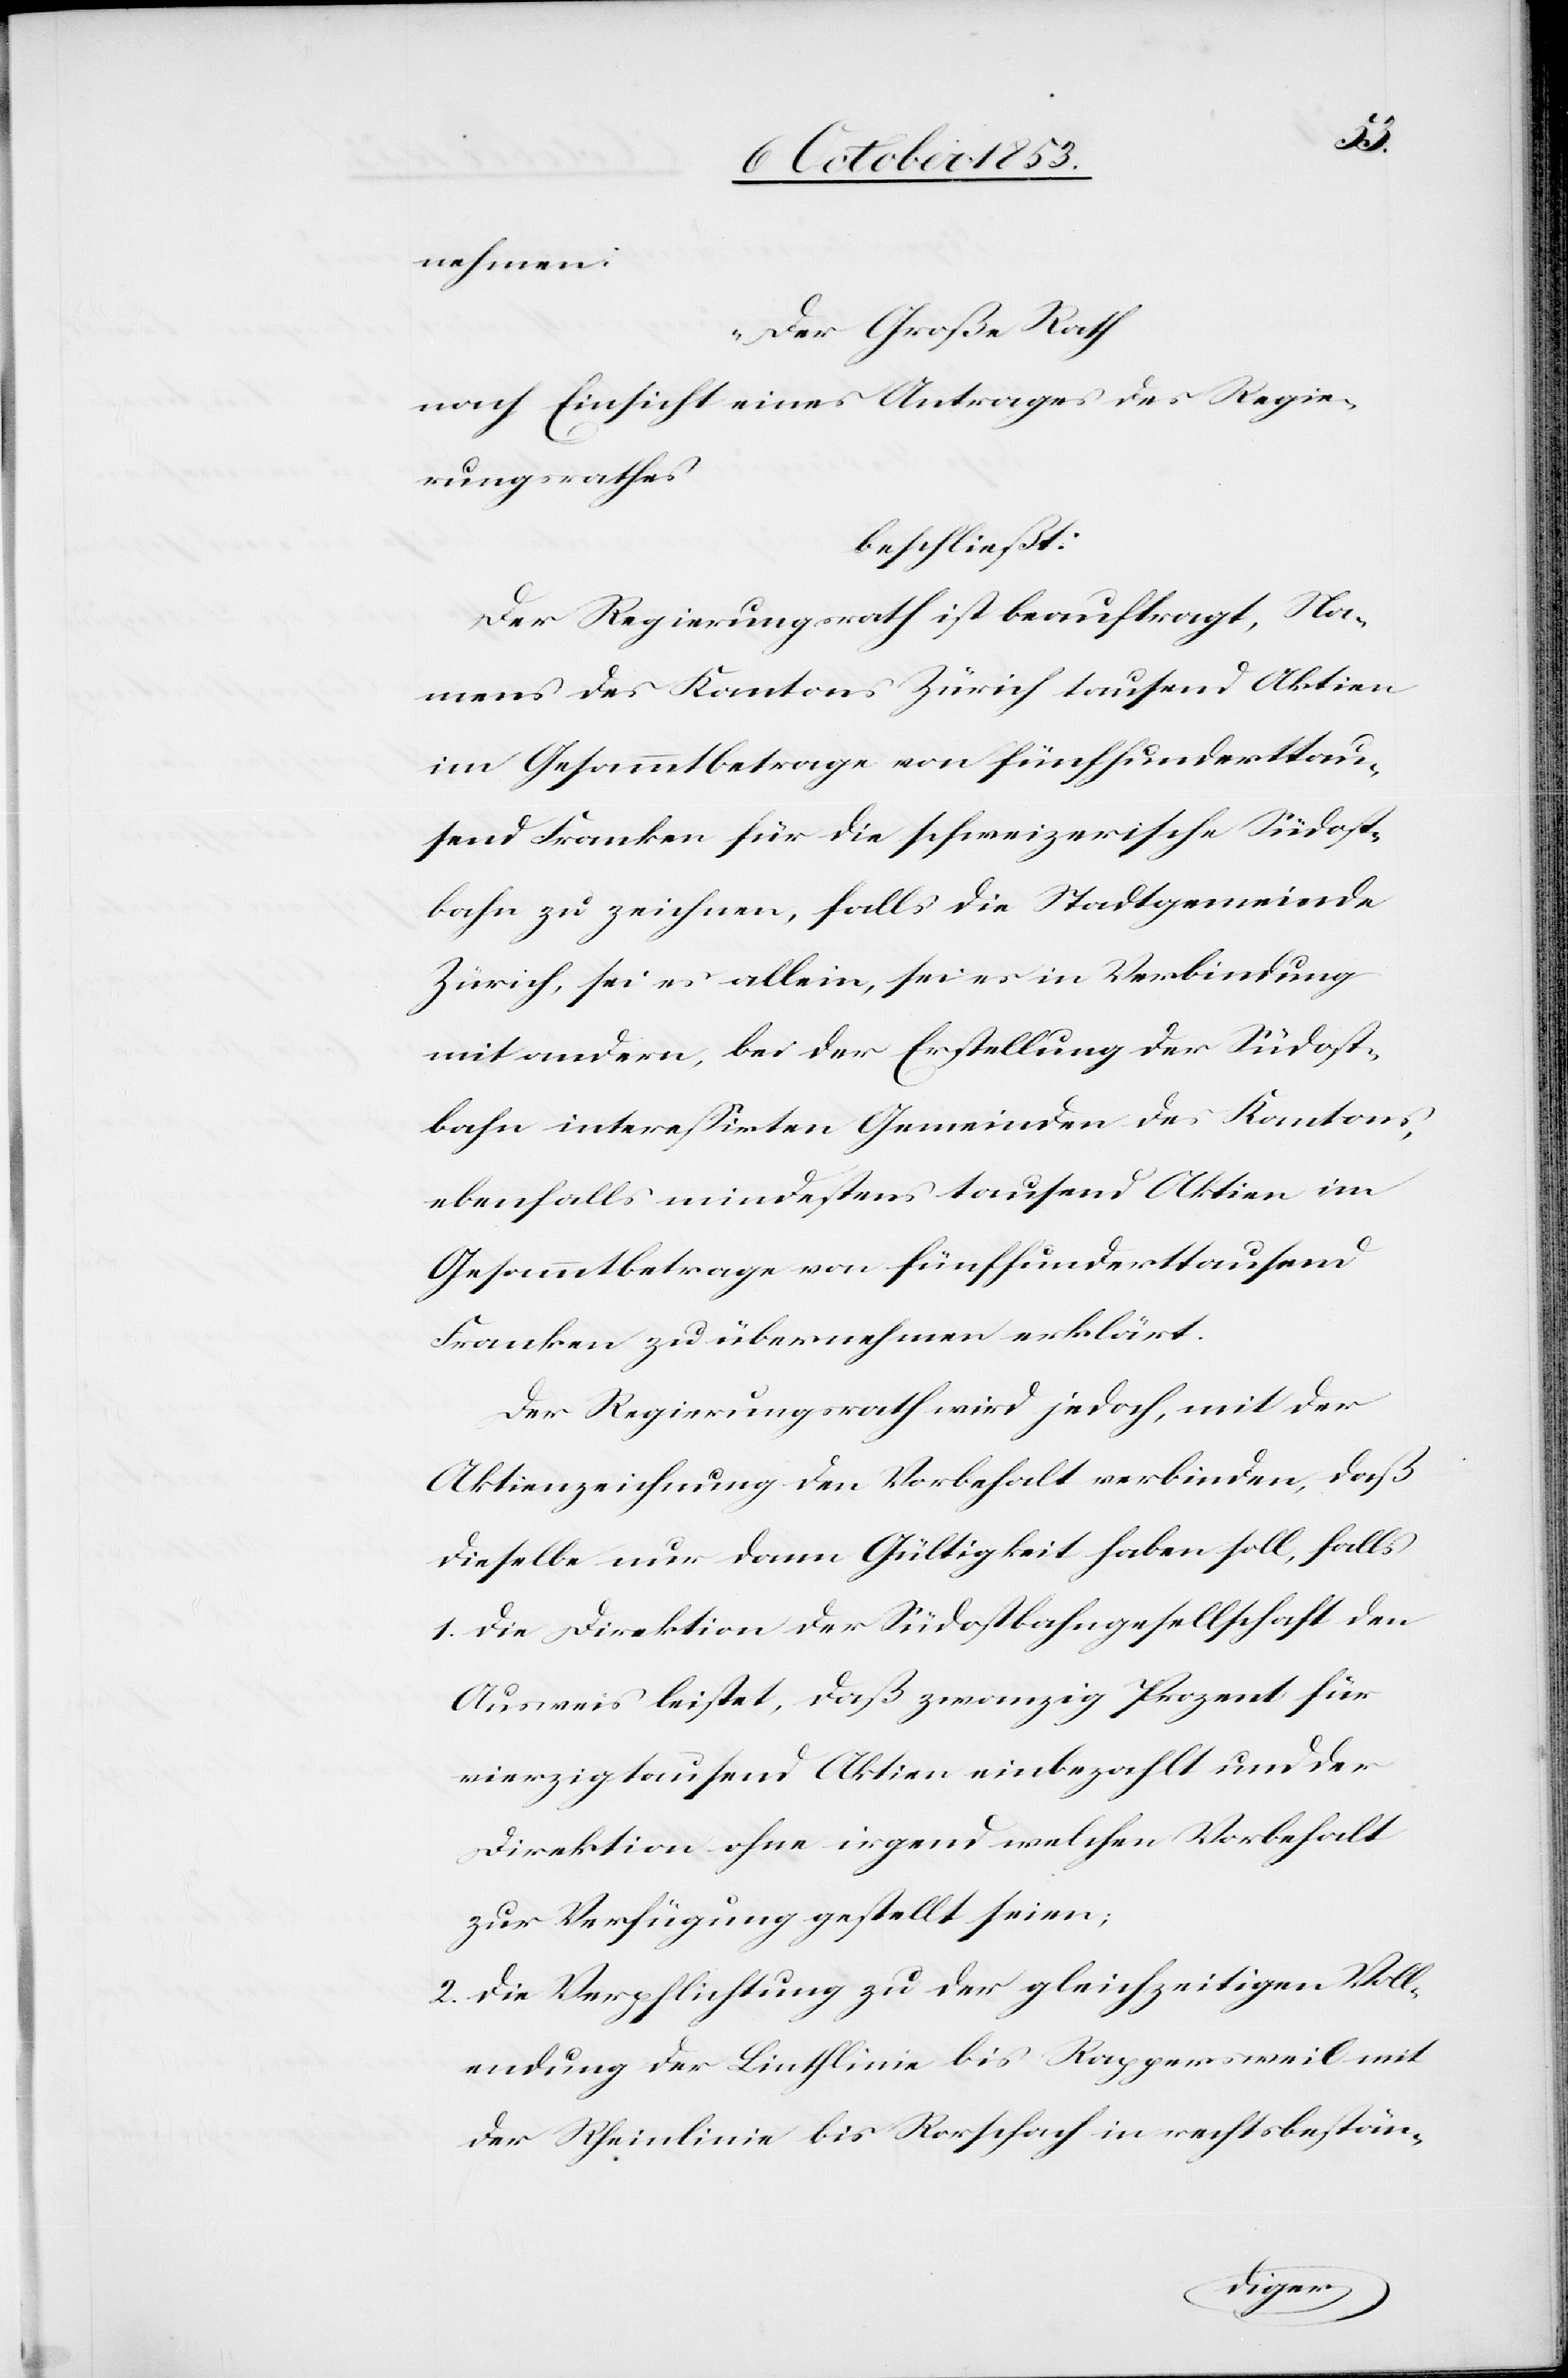
nehmen:
„Der Große Rath
nach Einsicht eines Antrages des Regie¬
rungsrathes,
beschließt:
Der Regierungsrath ist beauftragt, Na¬
mens des Kantons Zürich tausend Aktien
im Gesammtbetrage von fünfhunderttau¬
send Franken für die schweizerisch Südost¬
bahn zu zeichnen, falls die Stadtgemeinde
Zürich, sei es allein, sei es in Verbindung
mit andern, bei der Erstellung der Südost¬
bahn intereßirten Gemeinden des Kantons,
ebenfalls mindestens tausend Aktien im
Gesammtbetrage von fünfhunderttausend
Franken zu übernehmen erklärt.
Der Regierungsrath wird jedoch, mit der
Aktienzeichnung den Vorbehalt verbinden, daß
dieselbe nur dann Gültigkeit haben soll, falls
1. Die Direktion der Südostbahngesellschaft den
Ausweis leistet, daß zwanzig Prozent für
vierzigtausend Aktien einbezahlt und der
Direktion ohne irgend welchen Vorbehalt
zur Verfügung gestellt seien;
2. Die Verpflichtung zu der gleichzeitigen Voll¬
endung der Linthlinie bis Rappersweil mit
der Rheinlinie bis Rorschach in rechtsbestän-